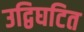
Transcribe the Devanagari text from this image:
उद्विघटित